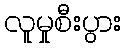
လူမှုစီးပွား